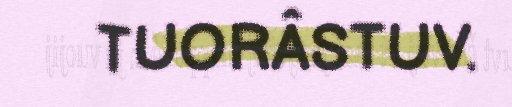
TUORÂSTUV.